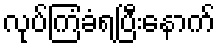
လုပ်ကြံခံရပြီးနောက်